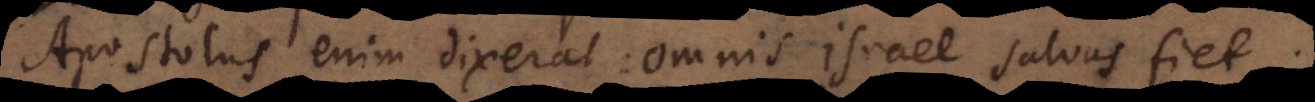
Apostolus enim dixerat: omnis Israel salvus fiet.